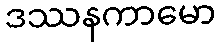
ဒဿနကာမော